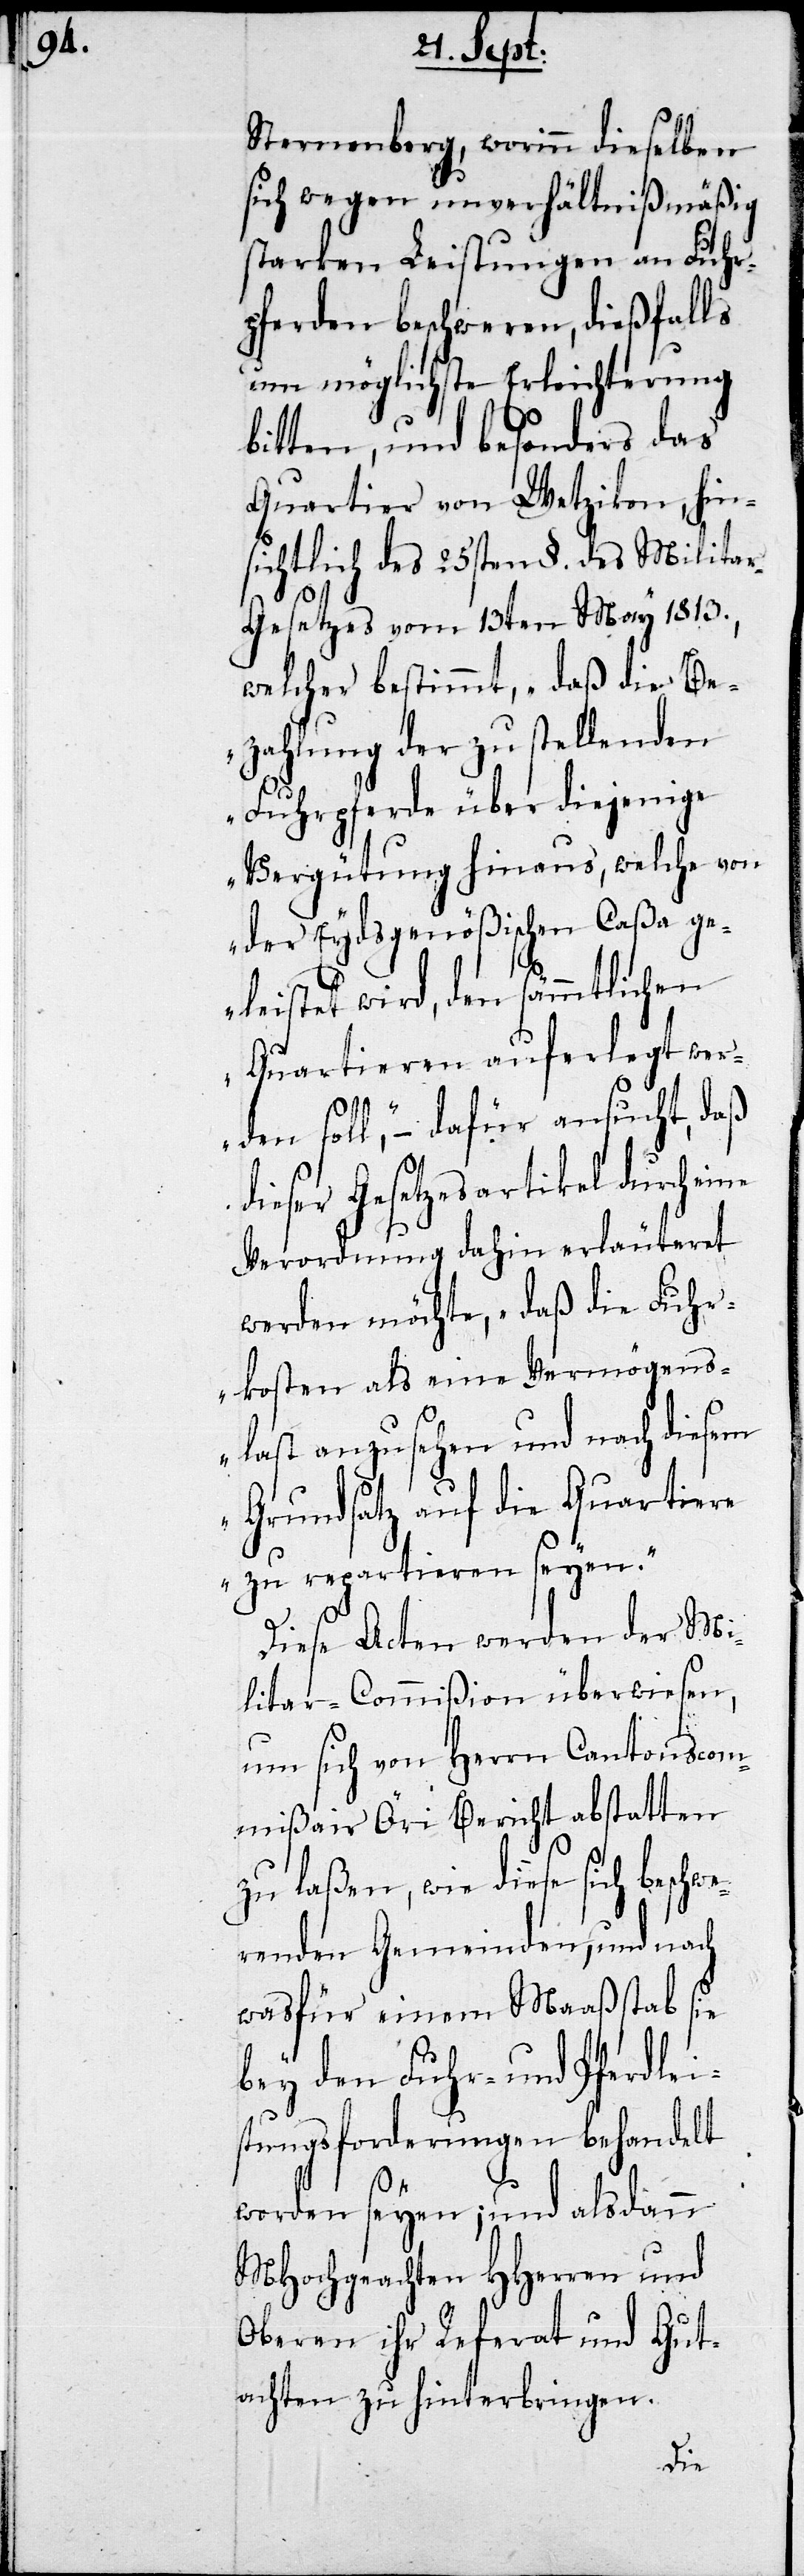
Sternenberg, worinn dieselben
sich wegen unverhältnißmäßig
starken Leistungen an Fuhr¬
pferden beschweren, dießfalls
um möglichste Erleichterung
bitten, und besonders das
Quartier von Wetzikon, hin¬
sichtlich des 25sten §. des Milita¬
r-Gesetzes vom 13ten May 1813,
welcher bestimmt, „daß die Be¬
zahlung der zu stellenden
Fuhrpferde über diejenige
Vergütung hinaus, welche von
der Eydsgenößischen Caßa ge¬
leistete wird, den sämmtlichen
Quartieren auferlegt wer¬
den soll“, – dafür ansucht, daß
dieser Gesetzesartikel durch eine
Verordnung dahin erläutert
werden möchte, daß die Fuhr¬
kosten als eine Vermögens¬
last anzusehen und nach diesem
Grundsatz auf die Quartiere
zu repartieren seyen.“
Diese Acten werden der Mi¬
litar-Commißion überwiesen,
um sich von Herrn Cantonscom¬
mißair Öri Bericht abstatten
zu laßen, wie diese sich beschw¬
erenden Gemeinden, und nach
was für einem Maaßstab sie
bey den Fuhr- und Pferdlei¬
stungsforderungen behandelt
worden seyen; und alsdann
MHochgeachten HHerren und
Oberen ihr Referat und Gut¬
achten zu hinterbringen.